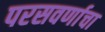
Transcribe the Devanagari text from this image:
परसवर्णाचा